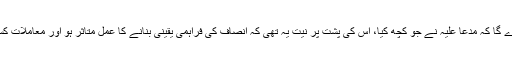
استغاثہ کو یہ ثابت کرنا پڑے گا کہ مدعا علیہ نے جو کچھ کیا، اُس کی پشت پر نیت یہ تھی کہ انصاف کی فراہمی یقینی بنانے کا عمل متاثر ہو اور معاملات کسی اور ہی ڈگر پر چل پڑیں۔